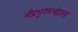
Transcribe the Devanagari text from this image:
श्रीप्रभुरामचंद्राला